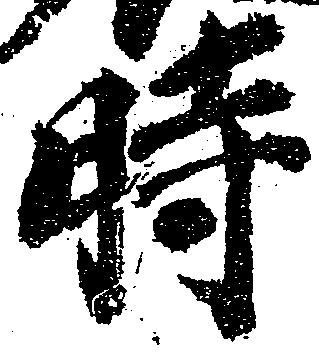
時